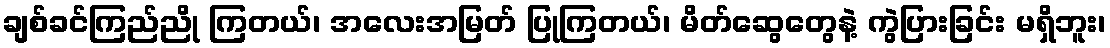
ချစ်ခင်ကြည်ညို ကြတယ်၊ အလေးအမြတ် ပြုကြတယ်၊ မိတ်ဆွေတွေနဲ့ ကွဲပြားခြင်း မရှိဘူး၊